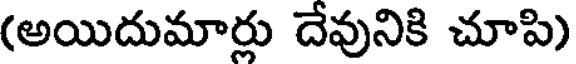
(అయిదుమార్లు దేవునికి చూపి)